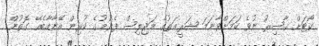
ކޯޓަށް ޙާޟިރު ނުވެ ކަމަށްވާނަމަ ޝަރީޢަތުގެ މަޖިލިސް ފެށުމުގެ ކުރިން އޭނާއާބެހޭ ގޮތުން